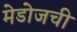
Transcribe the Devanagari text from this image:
मेडोजची